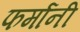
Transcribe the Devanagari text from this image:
फर्मानी